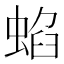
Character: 蜭